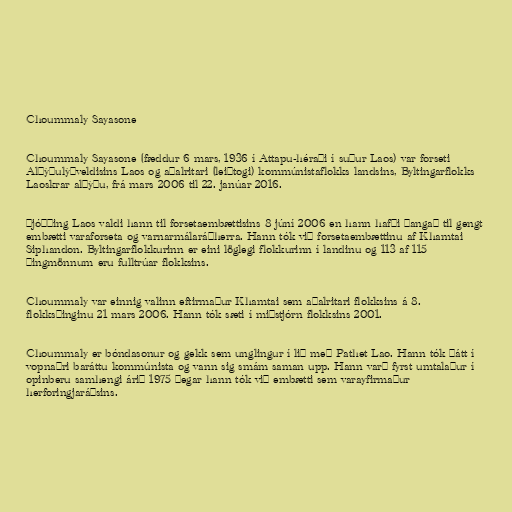
Choummaly Sayasone

Choummaly Sayasone (fæddur 6 mars, 1936 í Attapu-héraði í suður Laos) var forseti
Alþýðulýðveldisins Laos og aðalritari (leiðtogi) kommúnistaflokks landsins, Byltingarflokks
Laoskrar alþýðu, frá mars 2006 til 22. janúar 2016.

Þjóðþing Laos valdi hann til forsetaembættisins 8 júní 2006 en hann hafði þangað til gengt
embætti varaforseta og varnarmálaráðherra. Hann tók við forsetaembættinu af Khamtai
Siphandon. Byltingarflokkurinn er eini löglegi flokkurinn í landinu og 113 af 115
þingmönnum eru fulltrúar flokksins.

Choummaly var einnig valinn eftirmaður Khamtai sem aðalritari flokksins á 8.
flokksþinginu 21 mars 2006. Hann tók sæti í miðstjórn flokksins 2001.

Choummaly er bóndasonur og gekk sem unglingur í lið með Pathet Lao. Hann tók þátt í
vopnaðri baráttu kommúnista og vann sig smám saman upp. Hann varð fyrst umtalaður í
opinberu samhengi árið 1975 þegar hann tók við embætti sem varayfirmaður
herforingjaráðsins.